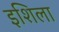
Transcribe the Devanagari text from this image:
इशिला